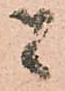
者